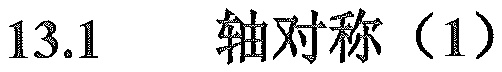
13.1  轴对称（1）